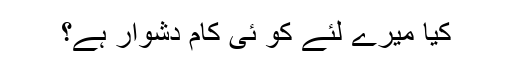
کیا میرے لئے کو ئی کام دُشوار ہے؟